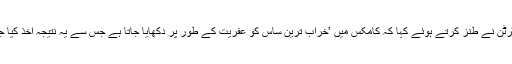
برطانیہ کے معروف مصنف جی کے چیسٹرٹن نے طنز کرتے ہوئے کہا کہ کامکس میں ’خراب ترین ساس کو عفریت کے طور پر دکھایا جاتا ہے جس سے یہ نتیجہ اخذ کیا جا سکتا ہے کہ بہترین ساس ایک مسئلہ ہے۔